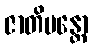
ဇာတိမန္တော